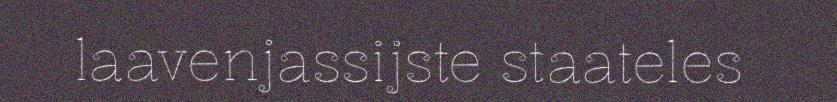
laavenjassijste staateles